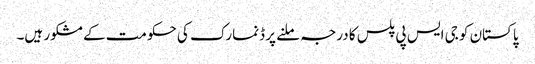
پاکستان کو جی ایس پی پلس کا درجہ ملنے پر ڈنمارک کی حکومت کے مشکور ہیں۔